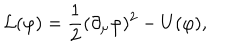
\mathcal { L } ( \varphi ) = { \frac { 1 } { 2 } } ( { \partial _ { \mu } \varphi } ) ^ { 2 } - U ( \varphi ) ,